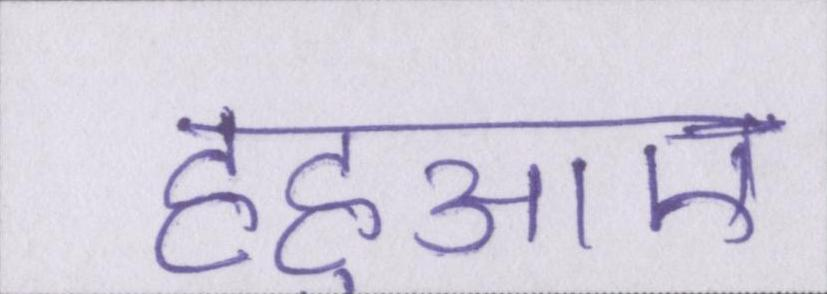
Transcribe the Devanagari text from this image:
हहुआए